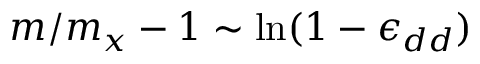
m / m _ { x } - 1 \sim \ln ( 1 - \epsilon _ { d d } )